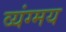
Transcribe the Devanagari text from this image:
व्यंग्मय